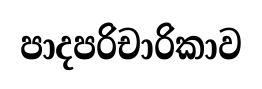
පාදපරිචාරිකාව